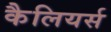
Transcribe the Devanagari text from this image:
कैलियर्स